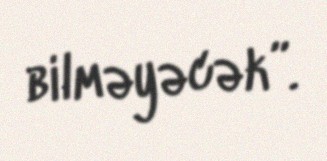
bilməyəcək”.